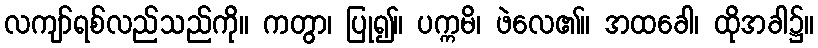
လကျာ်ရစ်လည်သည်ကို။ ကတွာ၊ ပြု၍။ ပက္ကမိ၊ ဖဲလေ၏။ အထခေါ၊ ထိုအခါ၌။